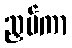
ညှပ်ကာ